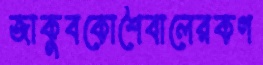
জাকুবকোশৈবালেরকগ